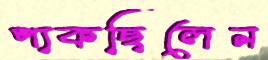
পাকছিলেন